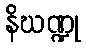
နိဃဏ္ဍု